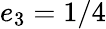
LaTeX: e_{3}=1/4